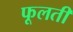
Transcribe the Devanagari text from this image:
फूलतीं